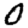
Digit: 0